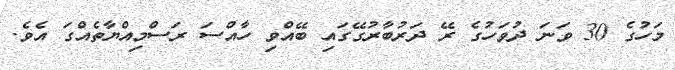
މަހުގެ 30 ވަނަ ދުވަހުގެ ރޭ ދަރުބާރުގޭގައި ބޭއްވި ހާއްސަ ރަސްމިއްޔާތެއްގަ އެވެ.